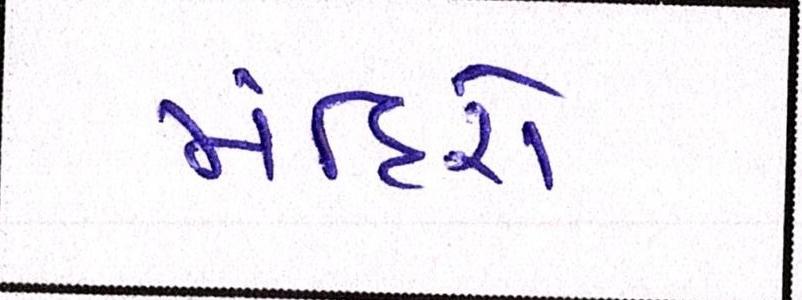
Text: મંદિરો